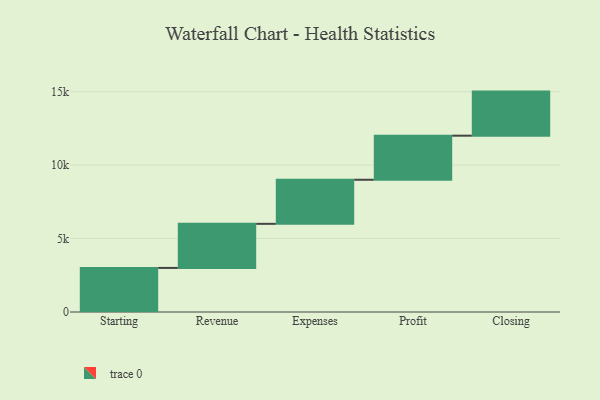
{"axis": {"x": "Step", "y": "Value"}, "legend": [""], "data": [{"x": "Starting", "y": 3000, "type": ""}, {"x": "Revenue", "y": 3000, "type": ""}, {"x": "Expenses", "y": 3000, "type": ""}, {"x": "Profit", "y": 3000, "type": ""}, {"x": "Closing", "y": 3000, "type": ""}]}